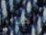
اهدأوا